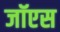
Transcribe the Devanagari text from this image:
जॉएस